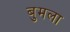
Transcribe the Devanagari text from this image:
बुमला